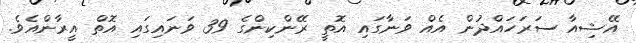
އޭޝިއާ ސަރަހައްދުން އެއް ވަނާގައި އޮތީ ރޭންކިންގެ 39 ވަނައިގައި އޮތް އީރާންއެވެ.